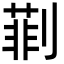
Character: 㔈